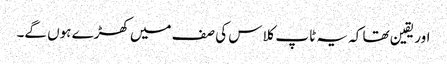
اور یقین تھا کہ یہ ٹاپ کلاس کی صف میں کھڑے ہوں گے۔